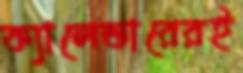
ক্যালেন্ডারেরই